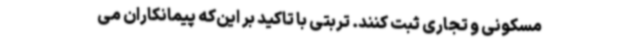
مسکونی و تجاری ثبت کنند. تربتی با تاکید بر این‌که پیمانکاران‌ می‌